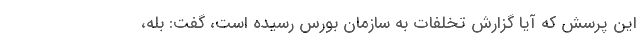
این پرسش که آیا گزارش تخلفات به سازمان بورس رسیده است، گفت: بله،